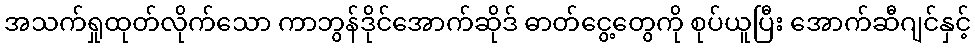
အသက်ရှုထုတ်လိုက်သော ကာဘွန်ဒိုင်အောက်ဆိုဒ် ဓာတ်ငွေ့တွေကို စုပ်ယူပြီး အောက်ဆီဂျင်နှင့်